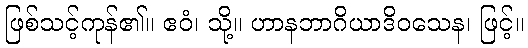
ဖြစ်သင့်ကုန်၏။ ဧဝံ၊ သို့။ ဟာနဘာဂိယာဒိဝသေန၊ ဖြင့်။